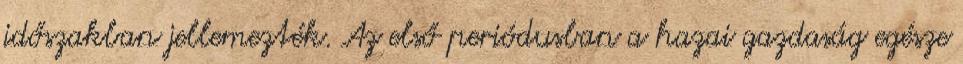
időszakban jellemezték. Az első periódusban a hazai gazdaság egésze